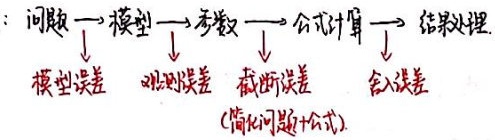
问题 $\to$ 模型 $\to$ 参数 $\to$ 公式计算 $\to$ 结果处理
模型误差 观测误差 截断误差（简化问题+公式） 舍入误差